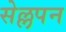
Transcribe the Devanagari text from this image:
सेल्लपन